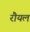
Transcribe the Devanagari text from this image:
रौयल